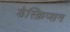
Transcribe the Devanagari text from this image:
डेस्क्रिप्शन